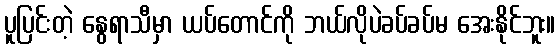
ပူပြင်းတဲ့ နွေရာသီမှာ ယပ်တောင်ကို ဘယ်လိုပဲခပ်ခပ်မ အေးနိုင်ဘူး။